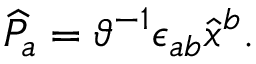
\widehat { P } _ { a } = \vartheta ^ { - 1 } \epsilon _ { a b } \widehat { x } ^ { b } .